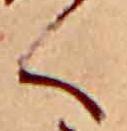
く